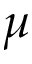
\boldsymbol { \mu }